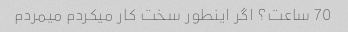
70 ساعت؟ اگر اینطور سخت کار میکردم میمردم